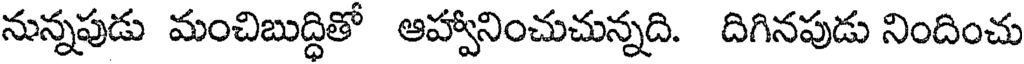
నున్నపుడు మంచిబుద్ధితో ఆహ్వానించుచున్నది. దిగినపుడు నిందించు